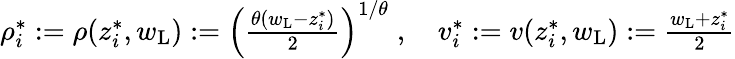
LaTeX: \begin{array}{r}{\rho_{i}^{*}:=\rho(z_{i}^{*},w_{\mathrm{L}}):=\left(\frac{\theta(w_{\mathrm{L}}-z_{i}^{*})}2\right)^{1/\theta}\; ,\quad{v}_{i}^{*}:={v}(z_{i}^{*},w_{\mathrm{L}}):=\frac{w_{\mathrm{L}}+z_{i}^{*}}2}\end{array}